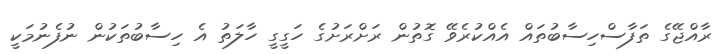
ރާއްޖޭގެ ތަފާސްހިސާބުތައް އެއްކުރެވޭ ގޮތުން ރަށްރަށުގެ ހަގީގީ ހާލަތު އެ ހިސާބުތަކުން ނުފެނުމަކީ